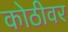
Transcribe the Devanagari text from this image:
कोठीवर